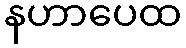
နဟာပေထ